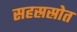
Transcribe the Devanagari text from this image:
सहस्रस्रोत